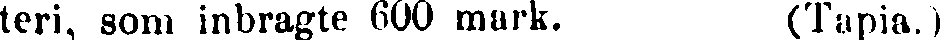
teri, som inbragte 600 mark. (Tapia.)